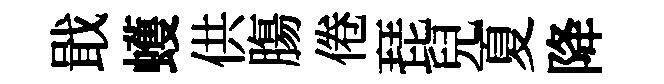
戢蠖供膓倦琵兒夏降